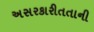
અસરકારીતતાની